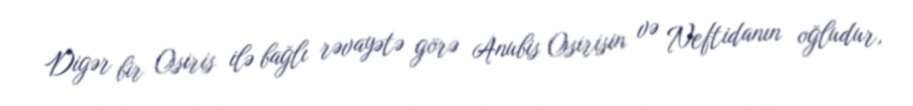
Digər bir Osiris ilə bağlı rəvayətə görə Anubis Osirisin və Neftidanın oğludur,